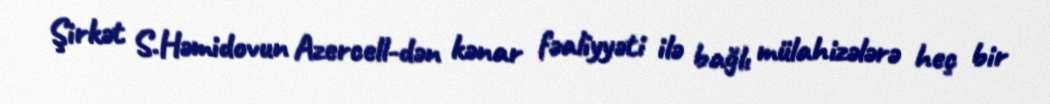
Şirkət S.Həmidovun Azercell-dən kənar fəaliyyəti ilə bağlı mülahizələrə heç bir